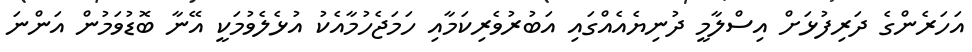
އަހަރެންގެ ދަރިފުޅަށް އިސްލާމީ ދުނިޔެއެއްގައި އަބުރުވެރިކަމާއި ހަމަޖެހުމާއެކު އުޅެލެވުމަކީ އޭނާ ބޮޑުވަމުން އަންނަ